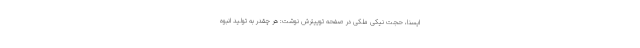
ایسنا، حجت نیکی ملکی در صفحه توییترش نوشت: هر چقدر به تولید انبوه